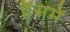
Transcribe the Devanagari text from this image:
हॅेसमें